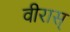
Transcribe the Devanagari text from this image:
वीरास्